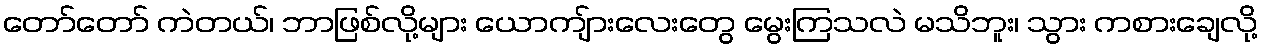
တော်တော် ကဲတယ်၊ ဘာဖြစ်လို့များ ယောကျ်ားလေးတွေ မွေးကြသလဲ မသိဘူး၊ သွား ကစားချေလို့